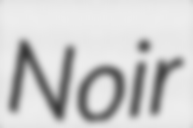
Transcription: Noir